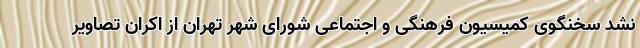
نشد سخنگوی کمیسیون فرهنگی و اجتماعی شورای شهر تهران از اکران تصاویر